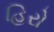
હિરો